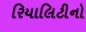
રિયાલિટીનો